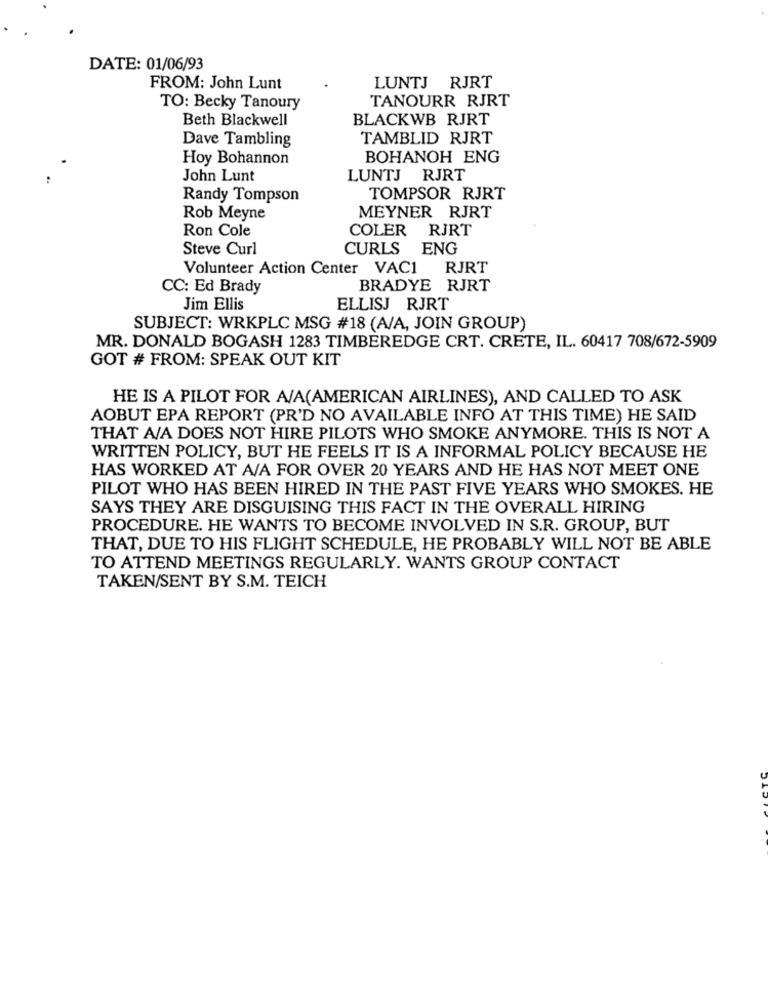
DATE: 01/06/93
FROM: John Lunt
LUNTJ RJRT
TANOURR RJRT
TO: Becky Tanoury
Beth Blackwell
BLACKWB RJRT
Dave Tambling
TAMBLID RJRT
Hoy Bohannon
BOHANOH ENG
John Lunt
LUNTJ RJRT
Randy Tompson
TOMPSOR RJRT
Rob Meyne
MEYNER RJRT
Ron Cole
COLER RJRT
Steve Curl
CURLS ENG
Volunteer Action Center VAC1
RJRT
CC: Ed Brady
BRADYE RJRT
Jim Ellis
ELLISJ RJRT
SUBJECT: WRKPLC MSG #18 (A/A, JOIN GROUP)
MR. DONALD BOGASH 1283 TIMBEREDGE CRT. CRETE, IL. 60417 708/672-5909
GOT # FROM: SPEAK OUT KIT
HE IS A PILOT FOR A/A(AMERICAN AIRLINES), AND CALLED TO ASK
AOBUT EPA REPORT (PR'D NO AVAILABLE INFO AT THIS TIME) HE SAID
THAT A/A DOES NOT HIRE PILOTS WHO SMOKE ANYMORE. THIS IS NOT A
WRITTEN POLICY, BUT HE FEELS IT IS A INFORMAL POLICY BECAUSE HE
HAS WORKED AT A/A FOR OVER 20 YEARS AND HE HAS NOT MEET ONE
PILOT WHO HAS BEEN HIRED IN THE PAST FIVE YEARS WHO SMOKES. HE
SAYS THEY ARE DISGUISING THIS FACT IN THE OVERALL HIRING
PROCEDURE. HE WANTS TO BECOME INVOLVED IN S.R. GROUP, BUT
THAT, DUE TO HIS FLIGHT SCHEDULE, HE PROBABLY WILL NOT BE ABLE
TO ATTEND MEETINGS REGULARLY. WANTS GROUP CONTACT
TAKEN/SENT BY S.M. TEICH